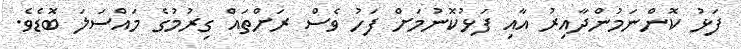
ފަޅު ކޮންނަމުންދާއިރު އާއި ފަޅުކޮނުމަށް ފަހު ވެސް ރަށްތައް ގިރުމުގެ މައްސަލަ ބޮޑެވެ.